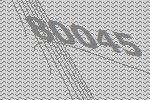
80045